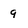
Character: 9